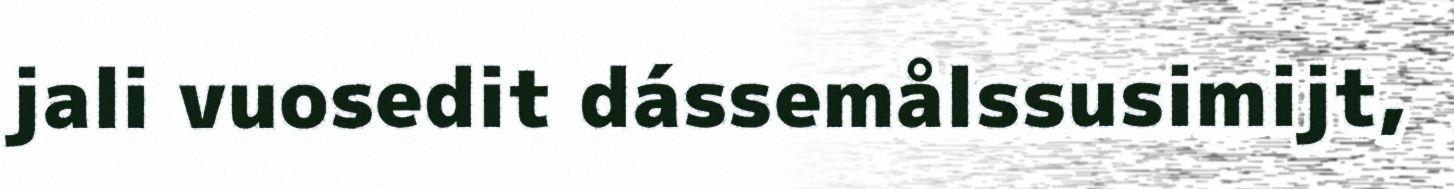
jali vuosedit dássemålssusimijt,